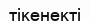
тікенекті